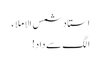
استاد شمس الاملاء
الگ سے داد!